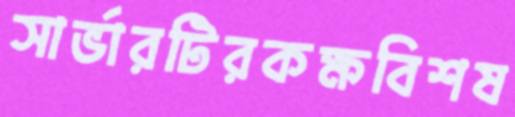
সার্ভারটিরকক্ষবিশষ